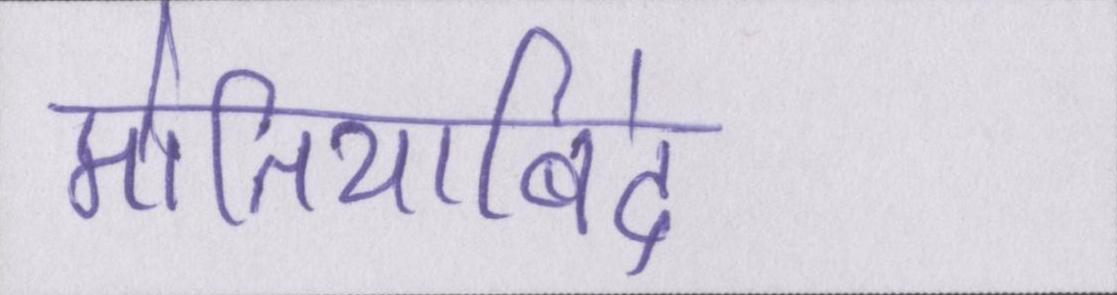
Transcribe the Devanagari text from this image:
मोतियाबिंद